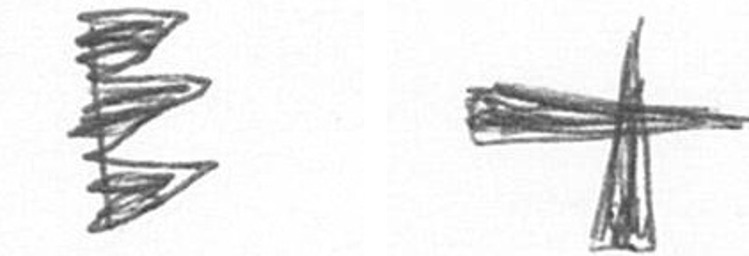
H G